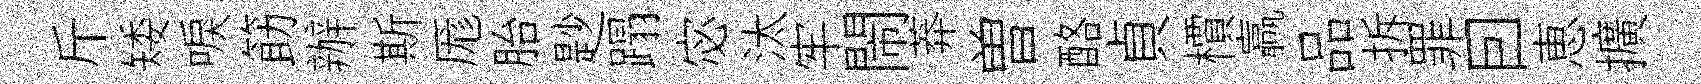
斤矮唳筯辦斯厖胎尟蹋宓汰牢閙莽曽酪貞檟贏品拆罪囙恵擴